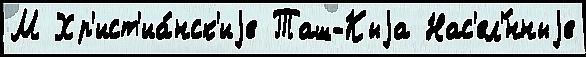
М Хр'ист'иа́нск'иjе Таш-Кыjа Нас'ел'́нныjе